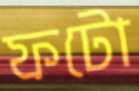
ফটো